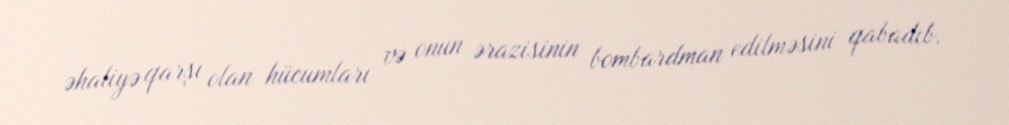
əhaliyə qarşı olan hücumları və onun ərazisinin bombardman edilməsini qabadıb.